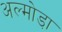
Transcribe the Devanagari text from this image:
अल्मोडा़